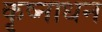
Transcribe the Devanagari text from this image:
कृष्नाधन